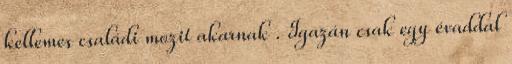
kellemes családi mozit akarnak . Igazán csak egy évaddal